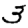
Digit: 3